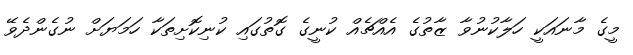
މީގެ މާނައަކީ ހަލާކުނުވާ ޒާތުގެ އެއްޗެއް ކުނީގެ ގޮތުގައި ކުނިކޮށިތަކާ ހަމަޔަށް ނުގެންދެވޭ